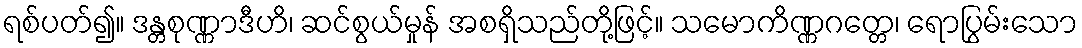
ရစ်ပတ်၍။ ဒန္တစုဏ္ဏာဒီဟိ၊ ဆင်စွယ်မှုန် အစရှိသည်တို့ဖြင့်။ သမောကိဏ္ဏဂတ္တေ၊ ရောပြွမ်းသော